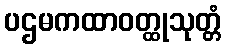
ပဌမကထာဝတ္ထုသုတ္တံ